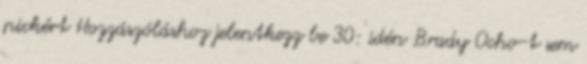
pickért Hozzászóláshoz jelentkezz be 30: idén Brady Ocho-t sem